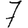
Digit: 7